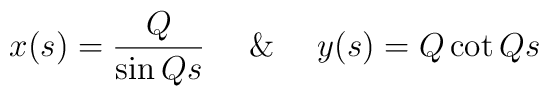
x(s) = \frac{Q}{\sin Qs} \ \ \ \ \& \ \ \ \ y(s) = Q\cot Qs